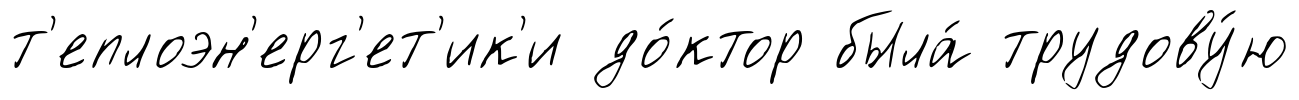
т'еплоэн'ерг'ет'ик'и до́ктор была́ трудову́ю